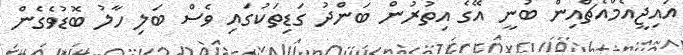
އައިޖީއެމްއެޗްއިން ބުނީ އޭގެ އިތުރުން ބަންދު ގަޑިތަކުގައި ވެސް ބަލި ހާލު ބޮޑުވެގެން